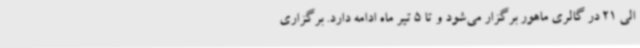
الی 21 در گالری ماهور برگزار می‌شود و تا 5 تیر ماه ادامه دارد. برگزاری